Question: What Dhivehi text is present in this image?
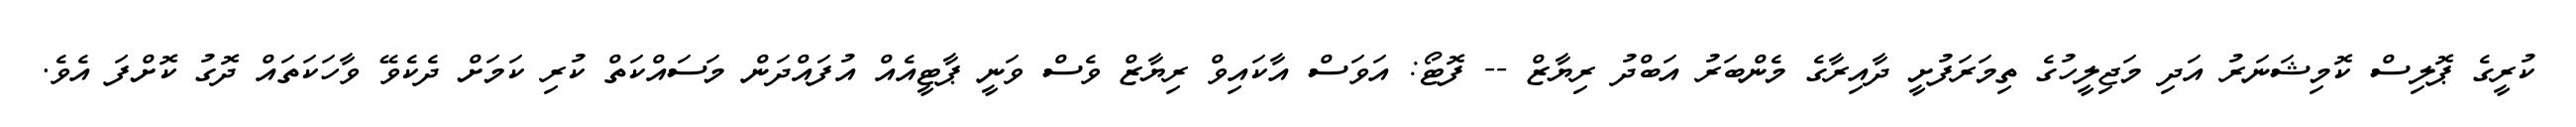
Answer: ކުރީގެ ޕޮލިސް ކޮމިޝަނަރު އަދި މަޖިލީހުގެ ތިމަރަފުށީ ދާއިރާގެ މެންބަރު އަބްދު ރިޔާޒް -- ފޮޓޯ: އަވަސް އާކައިވް ރިޔާޒް ވެސް ވަނީ ޕާޓީއެއް އުފައްދަން މަސައްކަތް ކުރި ކަމަށް ދެކެވޭ ވާހަކަތައް ދޮގު ކޮށްފަ އެވެ.